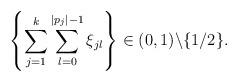
LaTeX: \begin{align*}\left\{\sum_{j=1}^{k}\sum_{l=0}^{|p_{j}|-1}\xi_{jl}\right\}\in(0,1)\backslash\{{1/2}\}.\end{align*}